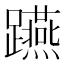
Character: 𨇟